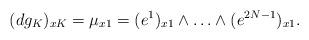
LaTeX: \begin{align*}(dg_K)_{xK}=\mu_{x1} = (e^1)_{x1}\wedge\ldots\wedge (e^{2N-1})_{x1}.\end{align*}